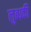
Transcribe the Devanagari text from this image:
लुब्धकी